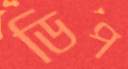
ডিপ